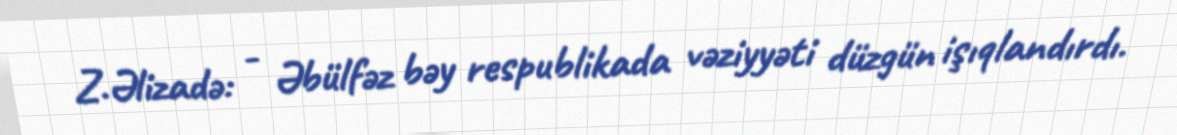
Z.Əlizadə: - Əbülfəz bəy respublikada vəziyyəti düzgün işıqlandırdı.